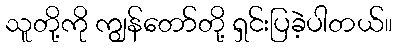
သူတို့ကို ကျွန်တော်တို့ ရှင်းပြခဲ့ပါတယ်။